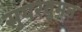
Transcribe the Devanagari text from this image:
सुपरवुमन